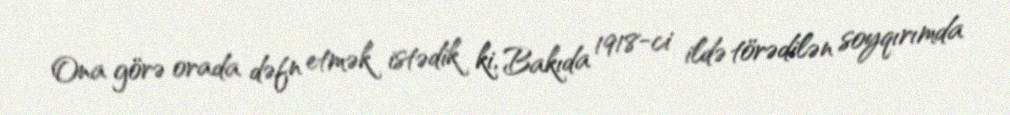
Ona görə orada dəfn etmək istədik ki, Bakıda 1918-ci ildə törədilən soyqırımda